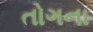
તોગના